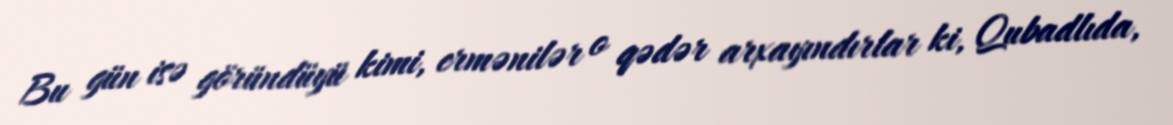
Bu gün isə göründüyü kimi, ermənilər o qədər arxayındırlar ki, Qubadlıda,